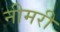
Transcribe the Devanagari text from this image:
नीमरी